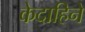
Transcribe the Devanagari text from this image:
केदाहिने